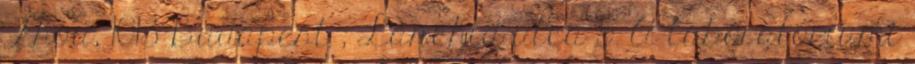
Zhou, 1013 Budapest , Lánchíd utca 5. A laboratóriumi